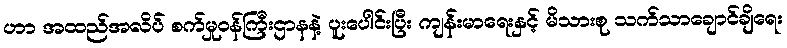
ဟာ အထည်အလိပ် စက်မှုဝန်ကြီးဌာနနဲ့ ပူးပေါင်းပြီး ကျန်းမာရေးနှင့် မိသားစု သက်သာချောင်ချိရေး